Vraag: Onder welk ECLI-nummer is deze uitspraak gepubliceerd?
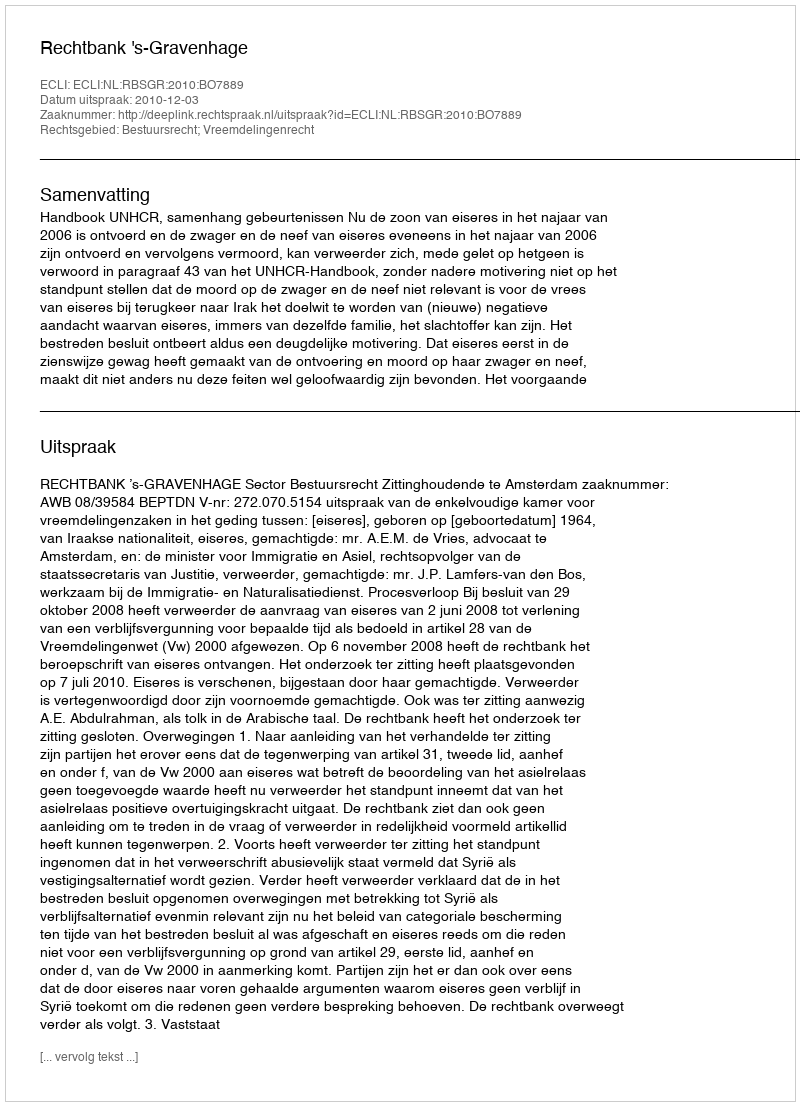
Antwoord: ECLI:NL:RBSGR:2010:BO7889